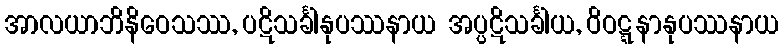
အာလယာဘိနိဝေသဿ, ပဋိသင်္ခါနုပဿနာယ အပ္ပဋိသင်္ခါယ, ဝိဝဋ္ဋနာနုပဿနာယ